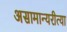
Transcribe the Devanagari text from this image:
असामान्यरीत्या